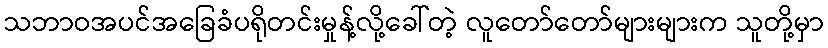
သဘာဝအပင်အခြေခံပရိုတင်းမှုန့်လို့ခေါ်တဲ့ လူတော်တော်များများက သူတို့မှာ